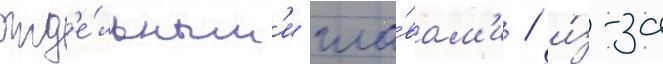
отд'е́льным'и гла́вам'и / и́з-за